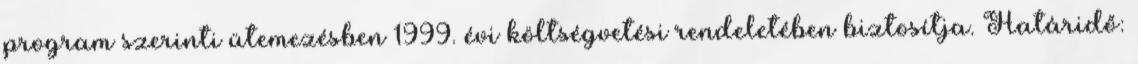
program szerinti ütemezésben 1999. évi költségvetési rendeletében biztosítja. Határidő: